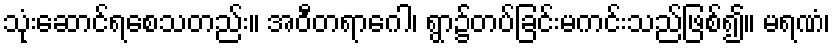
သုံးဆောင်ရစေသတည်း။ အဝီတရာဂေါ၊ ရွာ၌တပ်ခြင်းမကင်းသည်ဖြစ်၍။ မရဏံ၊